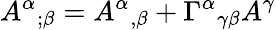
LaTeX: A^{\alpha}{}_{;\beta}=A^{\alpha}{}_{,\beta}+\Gamma^{\alpha}{}_{\gamma\beta}A^{\gamma}